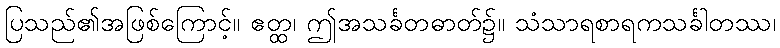
ပြသည်၏အဖြစ်ကြောင့်။ ဧတ္ထ၊ ဤအသင်္ခတဓာတ်၌။ သံသာရစာရကသင်္ခါတဿ၊